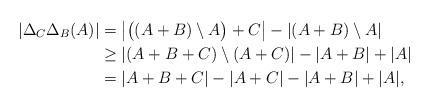
LaTeX: \begin{align*}\left|\Delta_C\Delta_B(A)\right|&=\left|\big((A+B)\setminus A\big)+C\right|- \left|(A+B)\setminus A\right| \\&\geq \left|(A+B+C)\setminus (A+C)\right|- \left|A+B\right|+\left|A \right|\\&= |A+B+C|- |A+C|- |A+B|+ |A|,\end{align*}